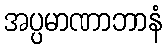
အပ္ပမာဏာဘာနံ